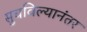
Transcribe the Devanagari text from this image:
सुचविल्यानंतर